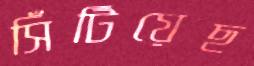
সিঁটিয়েছ